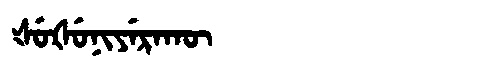
Manchu: ᡧᡠᡧᡠᠨᡳᠶᡝᡵᠠᡴᡡ
Romanization: ŠUŠUNIYERAKŪ